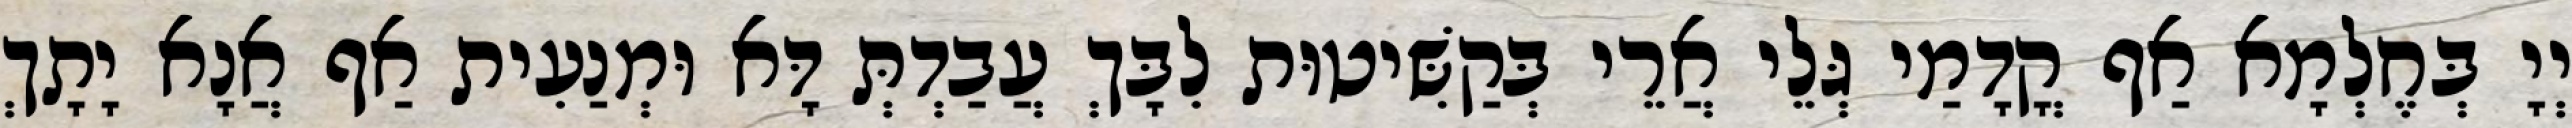
יְיָ בְּחֶלְמָא אַף קֳדָמַי גְּלֵי אֲרֵי בְּקַשִּׁיטוּת לִבָּךְ עֲבַדְתְּ דָּא וּמְנַעִית אַף אֲנָא יָתָךְ